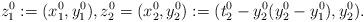
LaTeX: \begin{align*}z^0_1:=(x^0_1,y^0_1), z^0_2=(x^0_2,y^0_2):=(t_2^0-y_2^0(y_2^0-y_1^0), y_2^0).\end{align*}